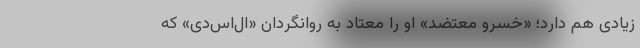
زیادی هم دارد؛ «خسرو معتضد» او را معتاد به روانگردان «ال‌‌اس‌دی» که